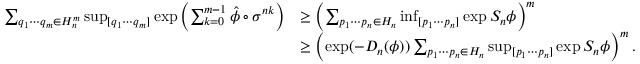
\begin{array} { r l } { \sum _ { q _ { 1 } \cdots q _ { m } \in H _ { n } ^ { m } } \operatorname* { s u p } _ { [ q _ { 1 } \cdots q _ { m } ] } \exp \left( { \sum _ { k = 0 } ^ { m - 1 } \hat { \phi } \circ \sigma ^ { n k } } \right) } & { \geq \left( \sum _ { p _ { 1 } \cdots p _ { n } \in H _ { n } } \operatorname* { i n f } _ { [ p _ { 1 } \cdots p _ { n } ] } \exp S _ { n } \phi \right) ^ { m } } \\ & { \geq \left( \exp ( - D _ { n } ( \phi ) ) \sum _ { p _ { 1 } \cdots p _ { n } \in H _ { n } } \operatorname* { s u p } _ { [ p _ { 1 } \cdots p _ { n } ] } \exp S _ { n } \phi \right) ^ { m } . } \end{array}